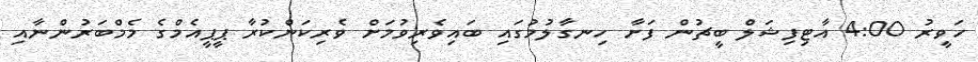
ހަވީރު 4:00 އާޓިފިޝަލް ބީޗުން ފަށާ ހިނގާލުމުގައި ބައިވެރިވުމަަށް ވެރިކަންކުރާ ޕީޕީއެމްގެ މެމްބަރުންނާއި